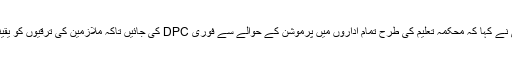
نگران وزیراعلیٰ نے کہا کہ محکمہ تعلیم کی طرح تمام اداروں میں پرموشن کے حوالے سے فوری DPC کی جائیں تاکہ ملازمین کی ترقیوں کو یقینی بنایا جاسکے۔